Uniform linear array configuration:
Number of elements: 12
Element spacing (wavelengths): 0.75
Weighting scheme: hamming
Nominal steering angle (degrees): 15
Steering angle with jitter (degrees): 14.779
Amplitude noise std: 0.05
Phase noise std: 0.05

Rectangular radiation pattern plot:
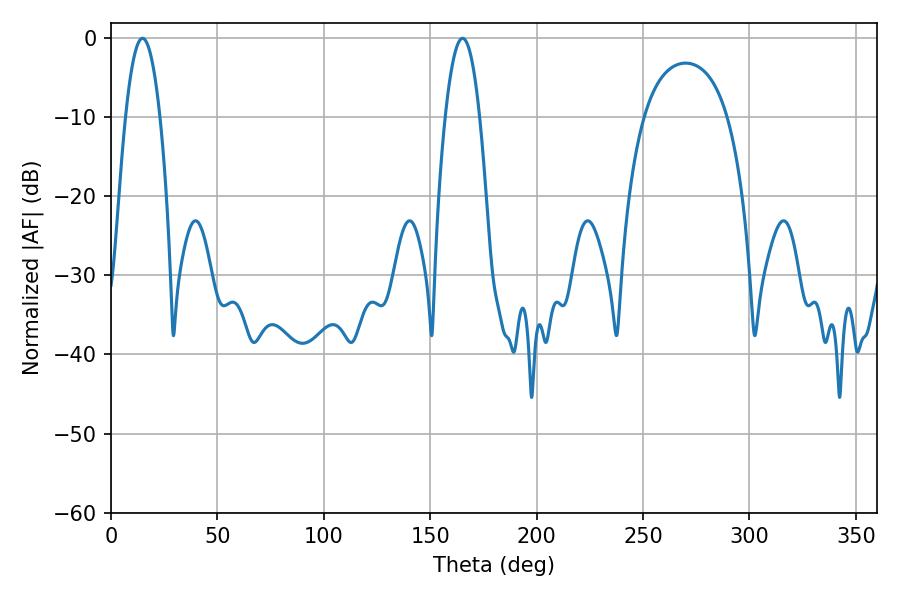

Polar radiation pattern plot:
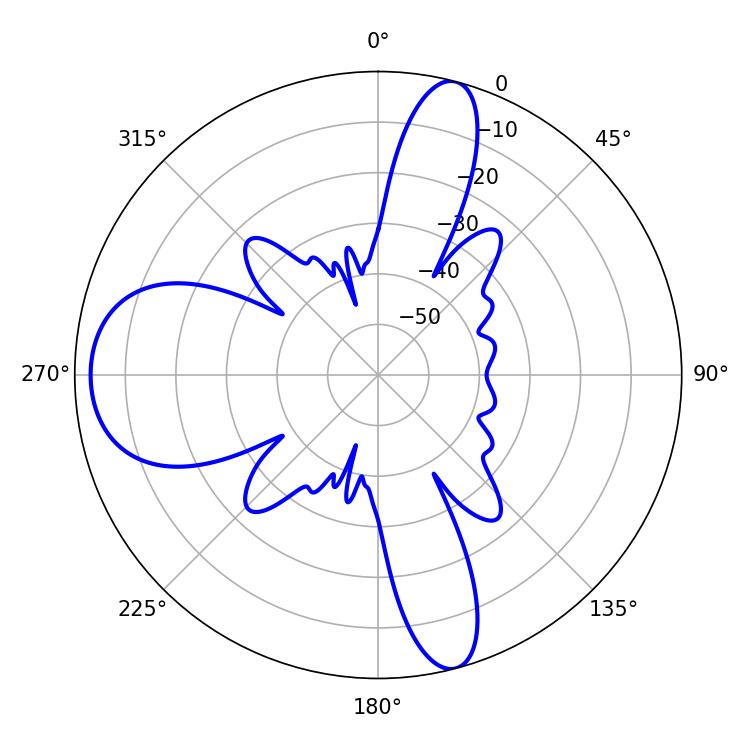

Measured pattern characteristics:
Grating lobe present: TRUE
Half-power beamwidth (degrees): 8.82
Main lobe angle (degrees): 14.76